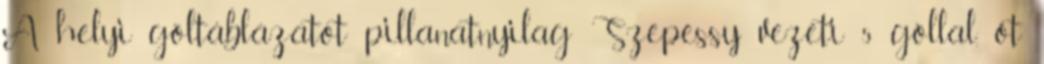
A helyi góltáblázatot pillanatnyilag Szepessy vezeti 5 góllal, őt